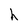
Character: h